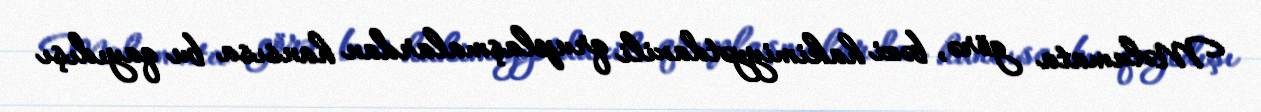
Məlumata görə, bəzi hakimiyyətdaxili qruplaşmalardan hansısa bu qayıdışı